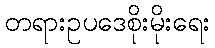
တရားဥပဒေစိုးမိုးရေး